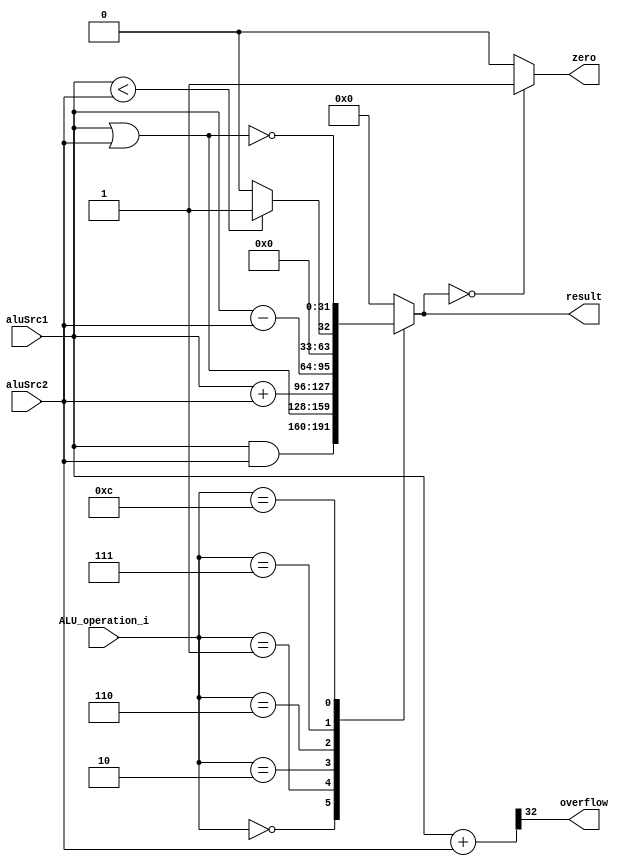
module ALU( aluSrc1, aluSrc2, ALU_operation_i, result, zero, overflow );

//I/O ports 
input	[32-1:0] aluSrc1;
input	[32-1:0] aluSrc2;
input	 [4-1:0] ALU_operation_i;

output  [32-1:0] result;
output			 zero;
output			 overflow;

//Internal Signals

wire			 zero;
wire			 overflow;
wire	[32-1:0] result;

//Main function
/*your code here*/
reg [31:0] res;
reg [32:0] over;

always @(ALU_operation_i, aluSrc1, aluSrc2) begin
	case (ALU_operation_i)
		4'b0000: res = aluSrc1 & aluSrc2;
		4'b0001: res = aluSrc1 | aluSrc2;
	  	4'b0010: res = $signed(aluSrc1) + $signed(aluSrc2);
		4'b0110: res = $signed(aluSrc1) - $signed(aluSrc2);
		4'b0111: res = $signed(aluSrc1) < $signed(aluSrc2) ? 1 : 0;
		//(aluSrc1[31]&!aluSrc2[31])&((aluSrc1[31]&!aluSrc2[31])|((aluSrc1 < aluSrc2) ? 1:0));
		4'b1100: res = ~(aluSrc1 | aluSrc2);	//nor
		default: res = 0;
	endcase
	over =  $signed(aluSrc1 )+ $signed(aluSrc2);
end
assign result = res;
assign overflow = over[32];
assign zero = (result == 32'd0)?1:0;
endmodule